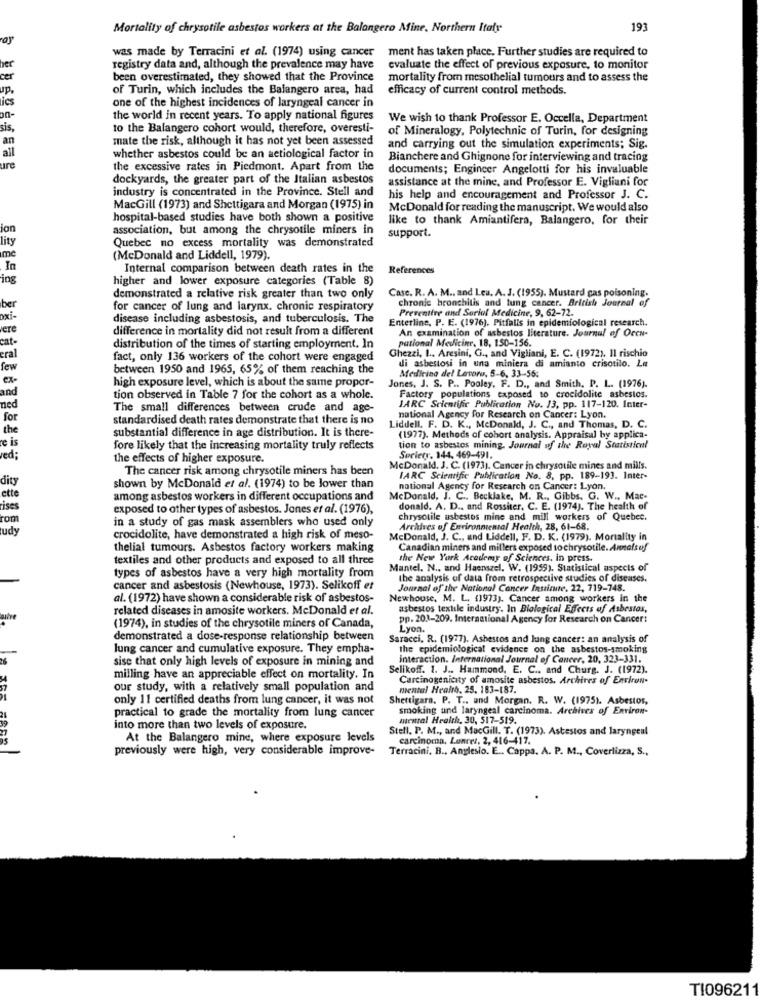
Mortality of chrysotile asbestos workers at the Balangero Mine, Northern Italy
193
was made by Terracini et al. (1974) using cancer
ment has taken place. Further studies are required to
her
registry data and, although the prevalence may have
evaluate the effect of previous exposure, to monitor
per
been overestimated, they showed that the Province
mortality from mesothelial tumours and to assess the
up.
of Turin, which includes the Balangero area, had
efficacy of current control methods.
ics
one of the highest incidences of laryngeal cancer in
on-
the world in recent years. To apply national figures
We wish to thank Professor E. Occella, Department
sis,
to the Balangero cohort would, therefore, overesti-
of Mineralogy, Polytechnic of Turin, for designing
an
mate the risk, although it has not yet been assessed
and carrying out the simulation experiments; Sig.
all
whether asbestos could be an actiological factor in
Bianchere and Ghignone for interviewing and tracing
ure
the excessive rates in Piedmont. Apart from the
documents; Engineer Angelotti for his invaluable
dockyards, the greater part of the Italian asbestos
assistance at the mine, and Professor E. Vigliani for
industry is concentrated in the Province. Stell and
his help and encouragement and Professor J. C.
MacGill (1973) and Shettigara and Morgan (1975) in
McDonald for reading the manuscript. We would also
hospital-based studies have both shown a positive
like to thank Amiantifera, Balangero, for their
ion
association, but among the chrysotile miners in
lity
Quebec no excess mortality was demonstrated
support.
me
(McDonald and Liddell, 1979).
In
Internal comparison between death rates in the
References
ing
higher and lower exposure categories (Table 8)
Case. R. A. M ., and Leu. A. J. (1955). Mustard gas poisoning.
ber
demonstrated a relative risk greater than two only
chronic bronchitis and lung cancer. British Journal of
for cancer of lung and larynx. chronic respiratory
Preventive and Sarial Medicine, 9, 62-72.
oxi-
disease including asbestosis, and tuberculosis. The
Enterline, P. E. (1976), Pitfalls in epidemiological research.
ere
difference in mortality did not result from a different
An examination of asbestos literature. Journal of Ocen-
cat-
putional Medicine, 18, 150-156.
distribution of the times of starting employment. In
Ghezzi, I .. Aresini, G ., and Vigliani, E. C. (1972). Il rischio
cral
fact, only 136 workers of the cohort were engaged
few
between 1950 and 1965, 65% of them reaching the
li asbestosi in una miniera di amianto crisotilo. La
ex-
high exposure level, which is about the same propor-
Medicina del Lavoro, 5-6, 33-55:
and
Jones, J. S. P .. Pooley, F. D ., and Smith. P. L. (1976).
tion observed in Table 7 for the cohort as a whole.
Factory populations exposed to crocidolite asbestos.
ned
The small differences between crude and age-
IARC Scientific Publication No. 13, pp. 117-120. Inter-
for
standardised death rates demonstrate that there is no
national Agency for Research on Cancer: Lyon.
the
substantial difference in age distribution. It is there-
Liddell. F. D. K ., McDonaldi, J. C ., and Thomas, D. C.
(1977). Methods of cohort analysis. Appraisal by applica-
te is
fore likely that the increasing mortality truly reflects
tion to asbestos mining. Journal of the Royal Statistical
red:
the effects of higher exposure.
Society, 144. 469-491.
The cancer risk among chrysotile miners has been
McDonald. J. C. (1973). Cancer in chrysotile mines and mills.
dity
IARC Scientific Publication No. 8, pp. 189-193. Inter-
ette
shown by McDonald et al. (1974) to be lower than
national Agency for Research on Cancer: Lyon.
among asbestos workers in different occupations and
McDonald, J. C ., Becklake, M. R ., Gibbs, G. W ., Mac-
ises
exposed to other types of asbestos. Jones et al. (1976),
donald. A. D .. and Rossiter, C. E. (1974). The health of
rom
in a study of gas mask assemblers who used only
chrysotile asbestos mine and mill workers of Quebec.
udy
Archives of Environmental Health, 28, 61-68.
crocidolite, have demonstrated a high risk of meso-
McDonald, J. C ., and Liddell, F. D. K. (1979). Mortality in
thelial tumours. Asbestos factory workers making
Canadian miners and millers exposed to chrysotile. Anefs uf
textiles and other products and exposed to all three
the New York Academy of Sciences. in press.
Mantel. N ., and Haenszel. W. (1959). Statistical aspects of
types of asbestos have a very high mortality from
the analysis of data from retrospective studies of diseases.
cancer and asbestosis (Newhouse, 1973). Selikoff et
Journal of the National Cancer Institute. 22, 719-748.
al. (1972) have shown a considerable risk of asbestos-
Newhouse, M. L. (1973). Cancer among workers in the
related diseases in amosite workers. McDonald et al.
asbestos textile industry. In Biological Effects of Asbestos,
pp. 201-209. International Agency for Research on Cancer:
(1974), in studies of the chrysotile miners of Canada,
Lyon.
demonstrated a dose-response relationship between
Saracci, R. (1977). Ashestos and lung cancer: an analysis of
lung cancer and cumulative exposure. They empha-
the epidemiological evidence on the asbestos-smoking
sise that only high levels of exposure in mining and
interaction. International Journal of Cancer, 20, 323-331.
Selikoff. 1. J .. Hammond, E. C .. and Churg. J. (1972).
milling have an appreciable effect on mortality. In
Carcinogenicity of amosite asbestos. Archives of Environ-
our study, with a relatively small population and
mental Health, 25. 183-187.
only 11 certified deaths from lung cancer, it was not
Shettigara. P. T ., and Morgan. R. W. (1975). Asbestos,
practical to grade the mortality from lung cancer
smoking und laryngeal carcinoma. Archives of Environ-
mental Health, 30, 517-519.
into more than two levels of exposure.
Stell. P. M ., and MacGill. T. (1973). Astestos and laryngeal
At the Balangero mine, where exposure levels
carcinoma, Lunres, 2, 416-417.
previously were high, very considerable improve-
Terracini. B ., Anglesio. E .. Cappa. A. P. M ., Coverlizza, S .,
TI096211